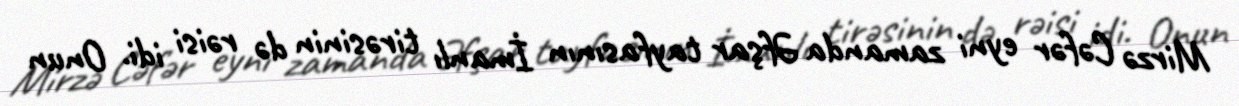
Mirzə Cəfər eyni zamanda Əfşar tayfasının İmanlı tirəsinin də rəisi idi. Onun